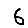
Digit: 6